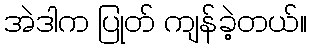
အဲဒါက ပြုတ် ကျန်ခဲ့တယ်။